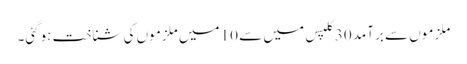
ملزموں سے برآمد 30 کلپس میں سے 10 میں ملزموں کی شناخت ہوگئی۔